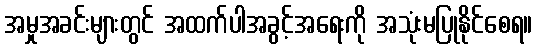
အမှုအခင်းများတွင် အထက်ပါအခွင့်အရေးကို အသုံးမပြုနိုင်စေရ။